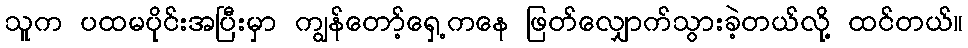
သူက ပထမပိုင်းအပြီးမှာ ကျွန်တော့်ရှေ့ကနေ ဖြတ်လျှောက်သွားခဲ့တယ်လို့ ထင်တယ်။